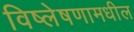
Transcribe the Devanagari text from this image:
विष्लेषणामधील